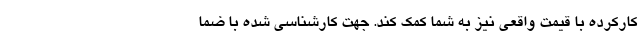
کارکرده با قیمت واقعی نیز به شما کمک کند. جهت کارشناسی شده با ضما